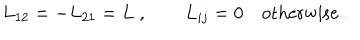
LaTeX: L _ { 1 2 } = - L _ { 2 1 } = L \; , \qquad L _ { i j } = 0 \quad \mathrm { o t h e r w i s e } \; .